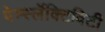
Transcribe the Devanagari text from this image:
पेर्म्स्लेक्टिविटी